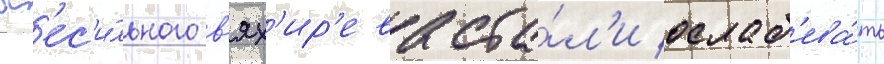
вс'ес'и́льного в'ях'ир'ева ста́л'и ослаб'ева́ть